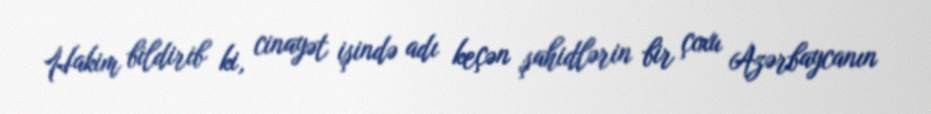
Hakim bildirib ki, cinayət işində adı keçən şahidlərin bir çoxu Azərbaycanın